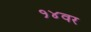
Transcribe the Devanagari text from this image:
१४वर